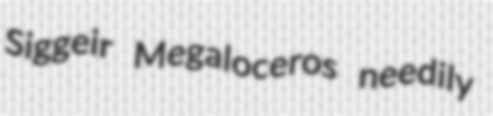
Siggeir Megaloceros needily